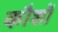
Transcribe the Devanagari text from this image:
कौशों